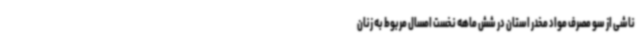
ناشی از سو مصرف مواد مخدر استان در شش ماهه نخست امسال مربوط به زنان